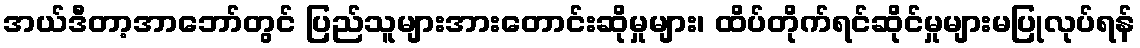
အယ်ဒီတာ့အာဘော်တွင် ပြည်သူများအားတောင်းဆိုမှုများ၊ ထိပ်တိုက်ရင်ဆိုင်မှုများမပြုလုပ်ရန်